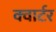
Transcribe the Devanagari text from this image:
क्‍वार्टर